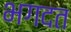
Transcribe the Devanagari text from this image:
भगदत